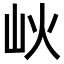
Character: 𡵼